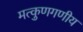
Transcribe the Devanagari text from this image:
मत्कुणगणीय